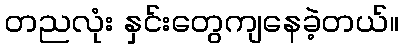
တညလုံး နှင်းတွေကျနေခဲ့တယ်။